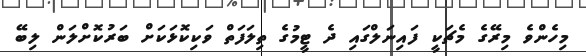
މިހެންވެ މިރޭގެ މެޗަކީ ފައިނަލްގައި ދެ ޓީމުގެ ތިލަފަތް ވަކިކޮޅަކަށް ބަރުކޮށްލަން ލިބޭ